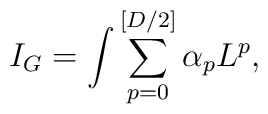
I_{G}=\int \sum_{p=0}^{[D/2]}\alpha _{p}L^{p},